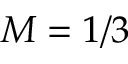
M = 1 / 3